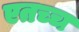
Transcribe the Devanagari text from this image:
एतच्च